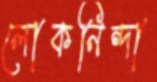
লোকনিন্দা